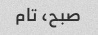
صبح، تام